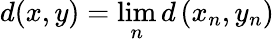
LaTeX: d(x,y)=\operatorname*{lim}_{n}d\left(x_{n},y_{n}\right)